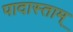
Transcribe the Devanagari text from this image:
पादास्ताम्